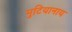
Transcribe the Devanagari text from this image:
मुटियानाय